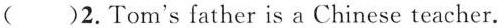
( )2.Tom's father is a Chinese teacher.